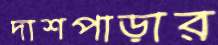
দাশপাড়ার